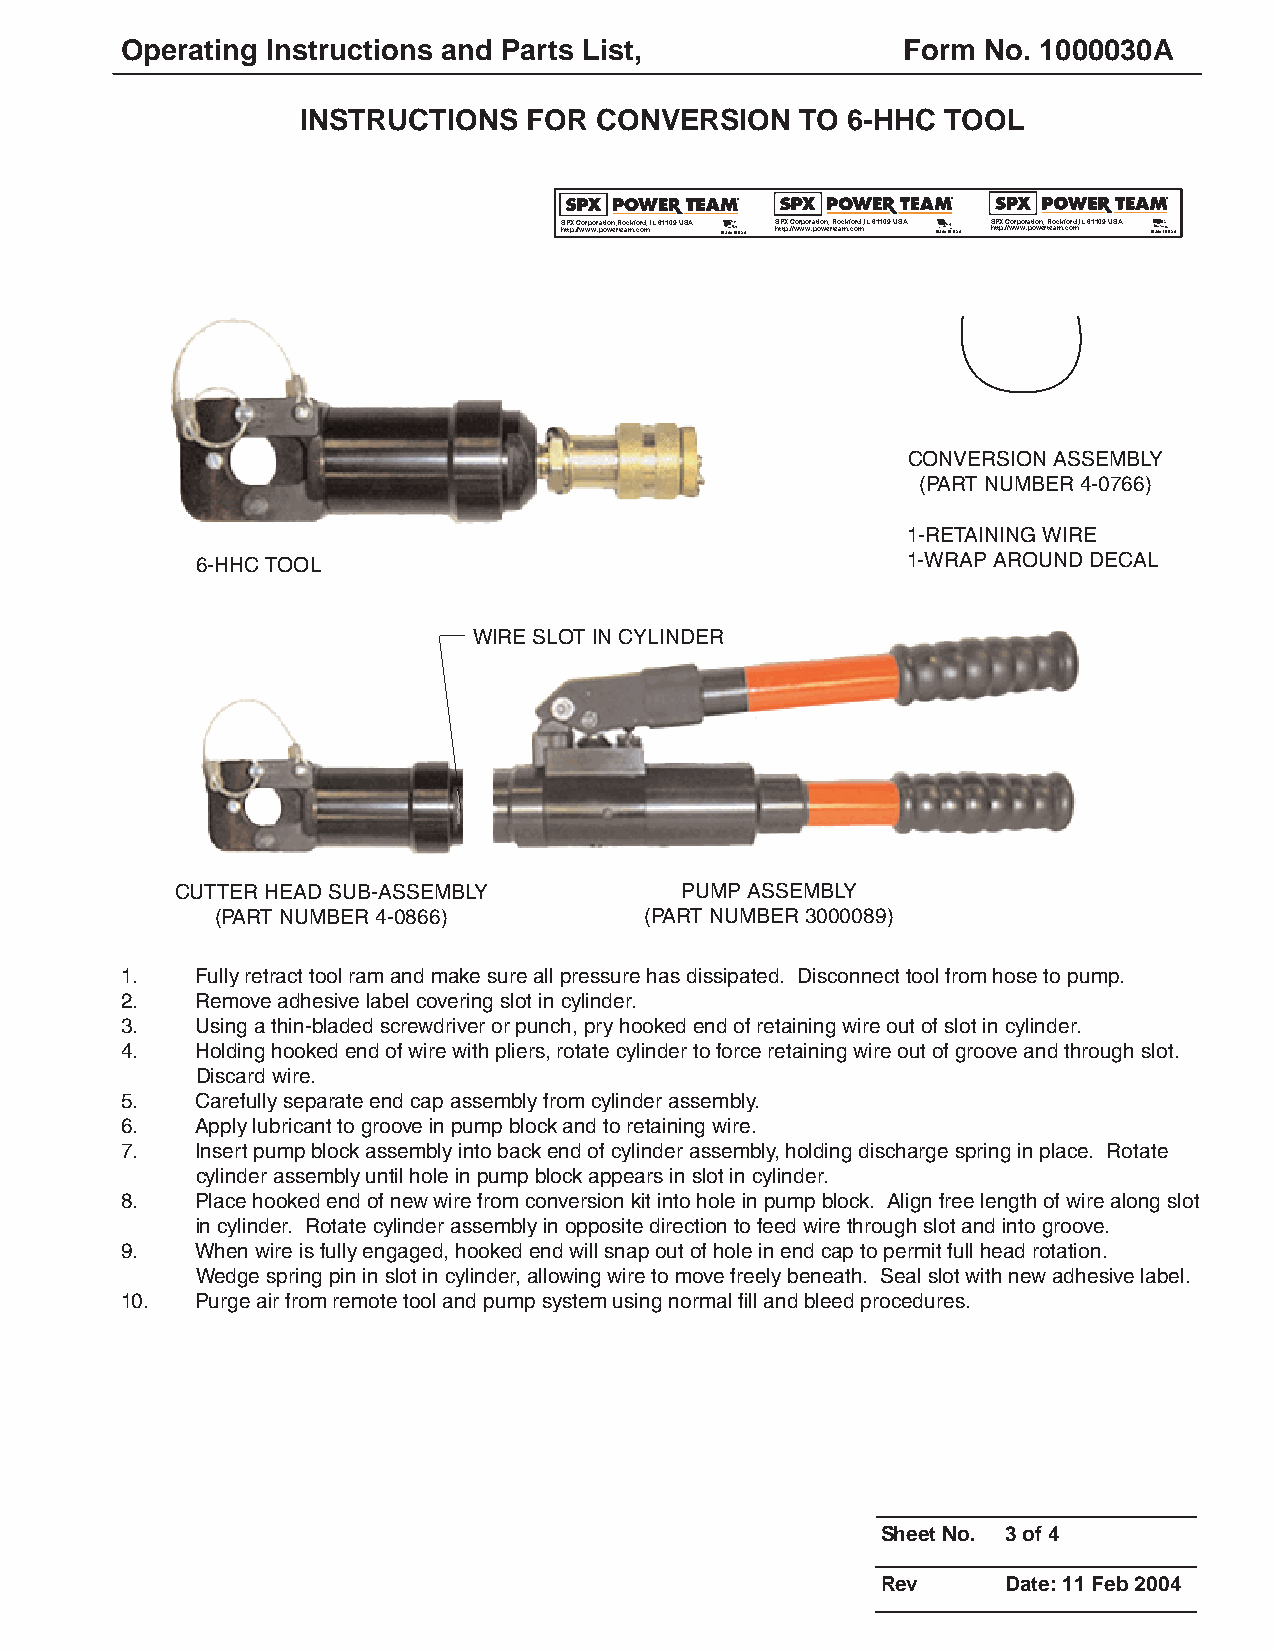
Operating Instructions and Parts List,              Form No. 1000030A
 INSTRUCTIONS   FOR CONVERSION    TO 6-HHC  TOOL
 ®             ®             ®
 S htP tpX : /C /wor wp wor .pat oio wn e, r R teo ac mk .f co ord m, IL 61109 USA Made in USA S htP tpX : /C /wor wp wor .pat oio wn e, r R teo ac mk .f co ord m, IL 61109 USA Made in USA S htP tpX : /C /wor wp wor .pat oio wn e, r R teo ac mk .f co ord m, IL 61109 USA Made in USA
 CONVERSION ASSEMBLY
 (PART NUMBER 4-0766)
 1-RETAINING WIRE
 6-HHC TOOL                                     1-WRAP AROUND DECAL
 WIRE SLOT IN CYLINDER
 CUTTER HEAD SUB-ASSEMBLY         PUMP ASSEMBLY
 (PART NUMBER 4-0866)         (PART NUMBER 3000089)
 1.   Fully retract tool ram and make sure all pressure has dissipated. Disconnect tool from hose to pump.
 2.   Remove adhesive label covering slot in cylinder.
 3.   Using a thin-bladed screwdriver or punch, pry hooked end of retaining wire out of slot in cylinder.
 4.   Holding hooked end of wire with pliers, rotate cylinder to force retaining wire out of groove and through slot.
 Discard wire.
 5.   Carefully separate end cap assembly from cylinder assembly.
 6.   Apply lubricant to groove in pump block and to retaining wire.
 7.   Insert pump block assembly into back end of cylinder assembly, holding discharge spring in place. Rotate
 cylinder assembly until hole in pump block appears in slot in cylinder.
 8.   Place hooked end of new wire from conversion kit into hole in pump block. Align free length of wire along slot
 in cylinder. Rotate cylinder assembly in opposite direction to feed wire through slot and into groove.
 9.   When wire is fully engaged, hooked end will snap out of hole in end cap to permit full head rotation.
 Wedge spring pin in slot in cylinder, allowing wire to move freely beneath. Seal slot with new adhesive label.
 10.  Purge air from remote tool and pump system using normal fill and bleed procedures.
 Sheet No. 3 of 4
 Rev      Date: 11 Feb 2004